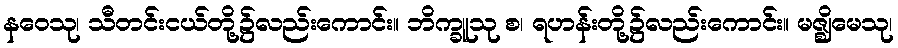
နဝေသု၊ သီတင်းငယ်တို့၌လည်းကောင်း။ ဘိက္ခူသု စ၊ ရဟန်းတို့၌လည်းကောင်း။ မဇ္ဈိမေသု၊